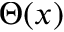
\Theta ( x )